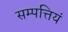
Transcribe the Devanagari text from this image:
सम्पत्तियं